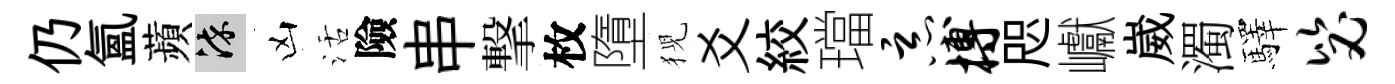
仍氳蘋染凶活險串撃枚墮猊爻絞璫恶搏咫巘崴濁驛毖